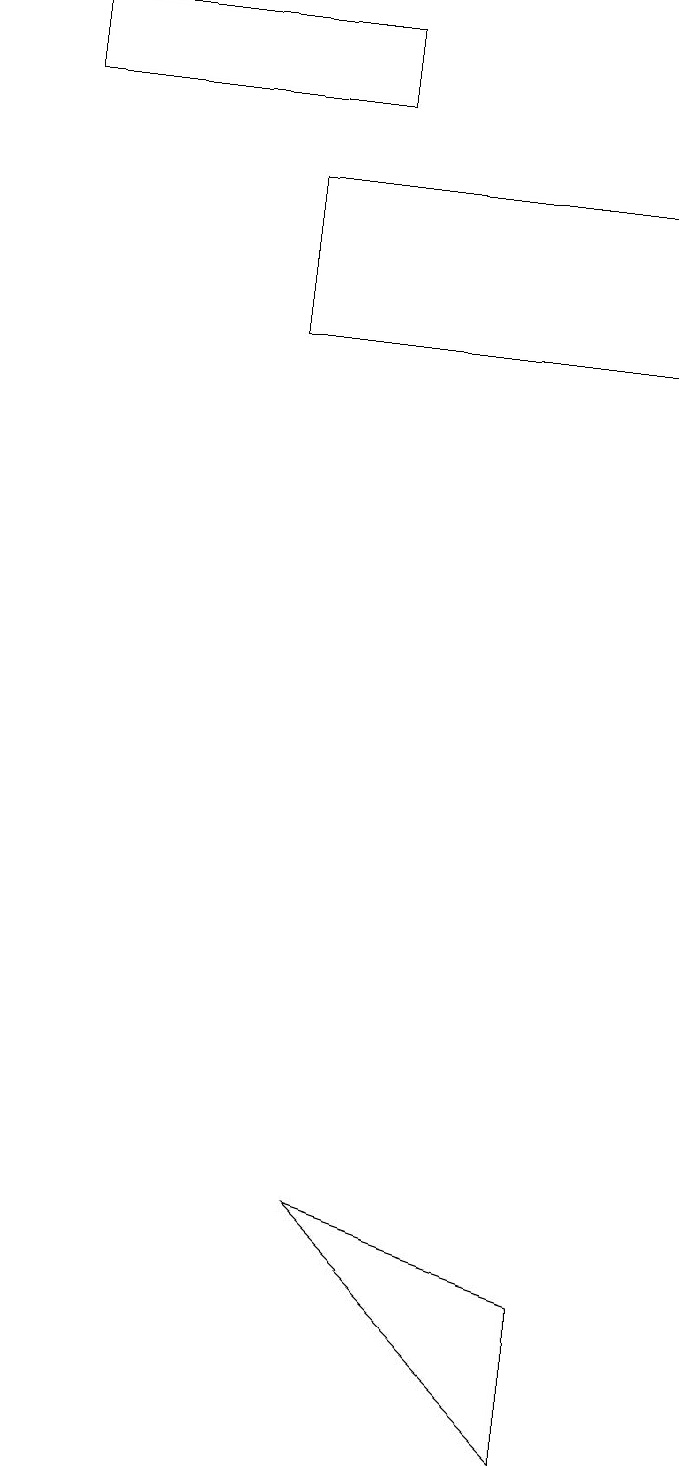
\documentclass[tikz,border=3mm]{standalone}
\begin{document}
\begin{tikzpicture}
\draw (8,2) -- (8,0) -- (5,3) -- cycle;
\draw (5,17) rectangle (1,18);
\draw (4,14) rectangle (9,16);
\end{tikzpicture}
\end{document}